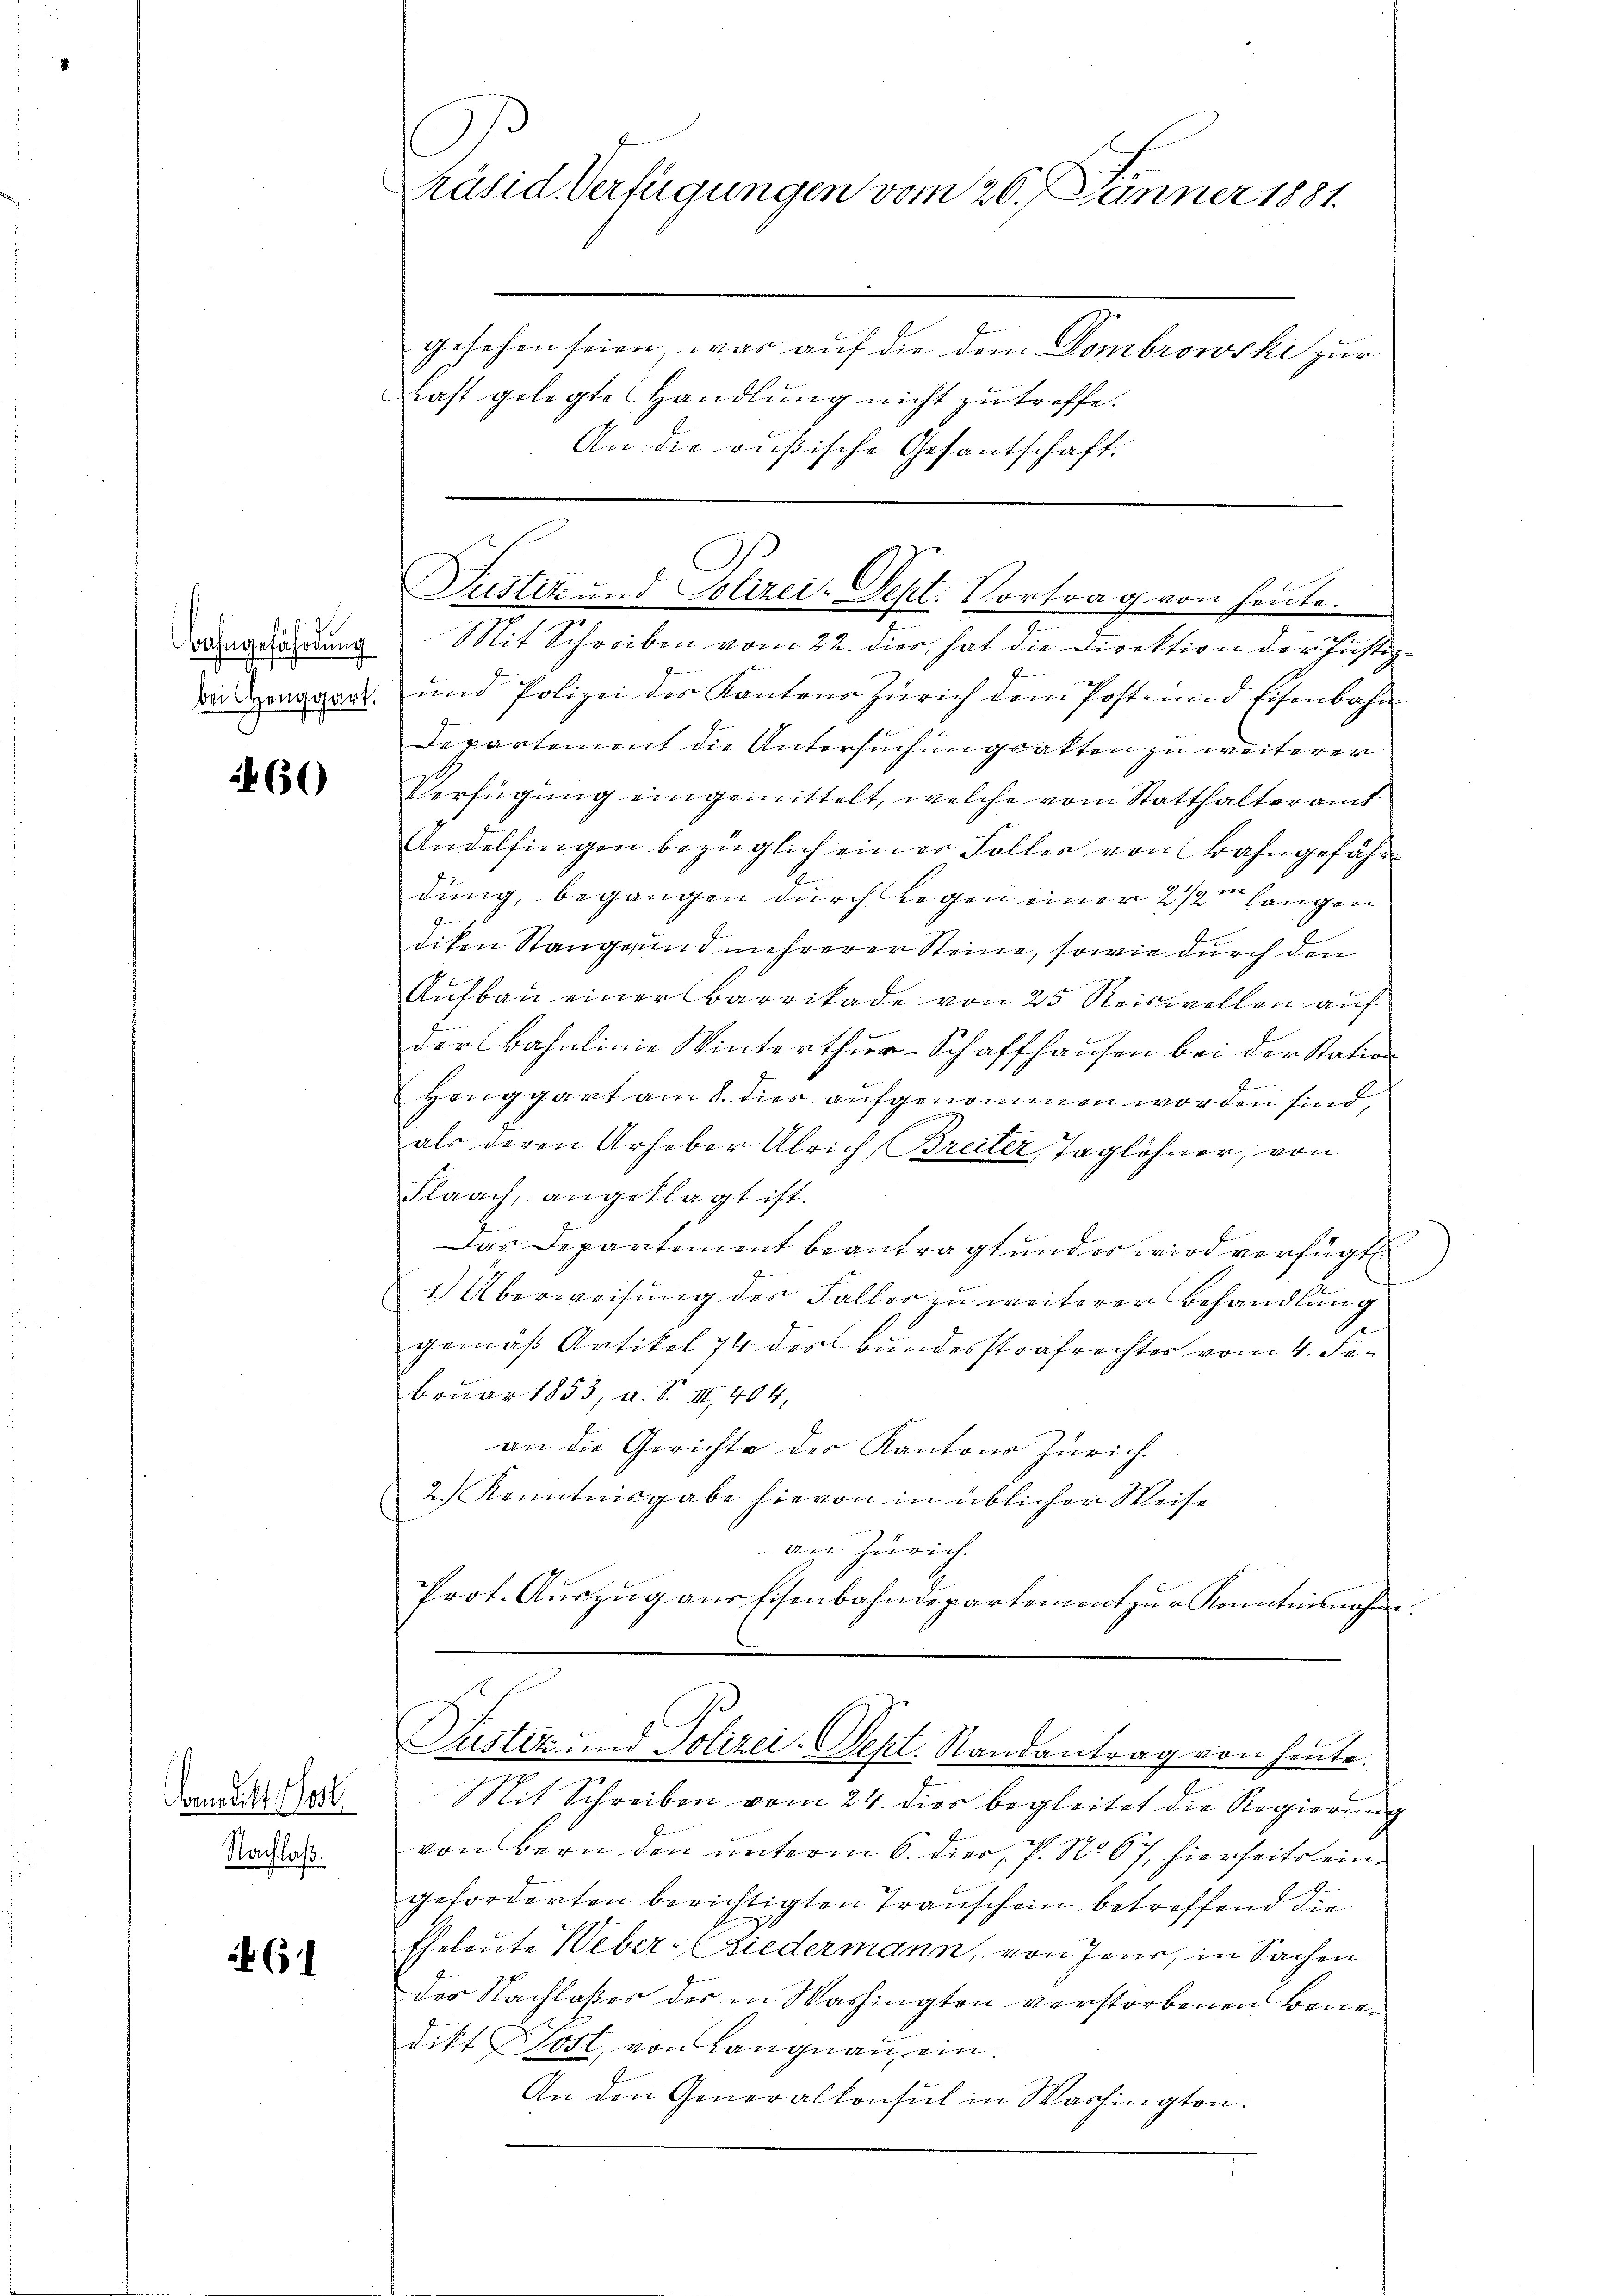
Bahngefährdung

460

Coralitt. Post
Nachlaß.

631

J
Präsid. Verfügungen vom 26. Jänner 1881.

gesehen seien, was auf die dem Dombrorski zur
Last gelegte Handlung nicht zu treffe.
An die rußische Gesantschaft.

Mit Schreiben vom 22. dier, hat die Direktion der Justiz-
ienant und Polizei des Kantons Zürich dem Post- und Eisenbahn
Departement die Untersuchungsatten zu weiterer
Verfügung eingemittelt, welche vom Statthalteramt
Andelfingen bezüglich einer Faller von Bahngefähr
.
dung, begangen durch Regen einer 2 1/2
langen
diken Stangrund mehrerer Steine, sowie durch den
Aufbau einer Barrikade von 25 Reiswollen auf
der Bahnlinie Winterthur–Schaffhausen bei der Station
b
Henggart am 8. dies aufgenommen worden sind,
als deren Urheber Ulrich Breiter, Taglöhner, von
Flaach, angeklagt ist.
Das Departement beantragt und es wird verfügt:
1.) Überweisung der Falles zu weiterer Behandlung
gemäß Artikel 74 des Bundesstrafrechtes vom 4. Februar 1853, a. S. III 404,
an die Gerichte der Kantons Zürich.
2.) Kenntnisgabe hievon in üblicher Weise
an Zürich.
Prot. Aŭszŭg aŭs Eisenbahndepartement zŭr Komitnisnahme

e
Mit Schreiben vom 24. dies begleitet die Regierung
von Bern den unterm 6. Dier. P. Nr. 67, hierseits eingeforderten berichtigten Transchein betreffend die
Eheleute Weber- (Liedermann, von Jene, in Sachen
der Nachlaßes des in Washington verstorbenen Benedikt Post, von Langnau ein.
An den Generalkonsul in Washington.

Justiz- und Polizei-Sept. Vortrag von heute.

Justiz und Polizei-Sept. Randantrag von heute.